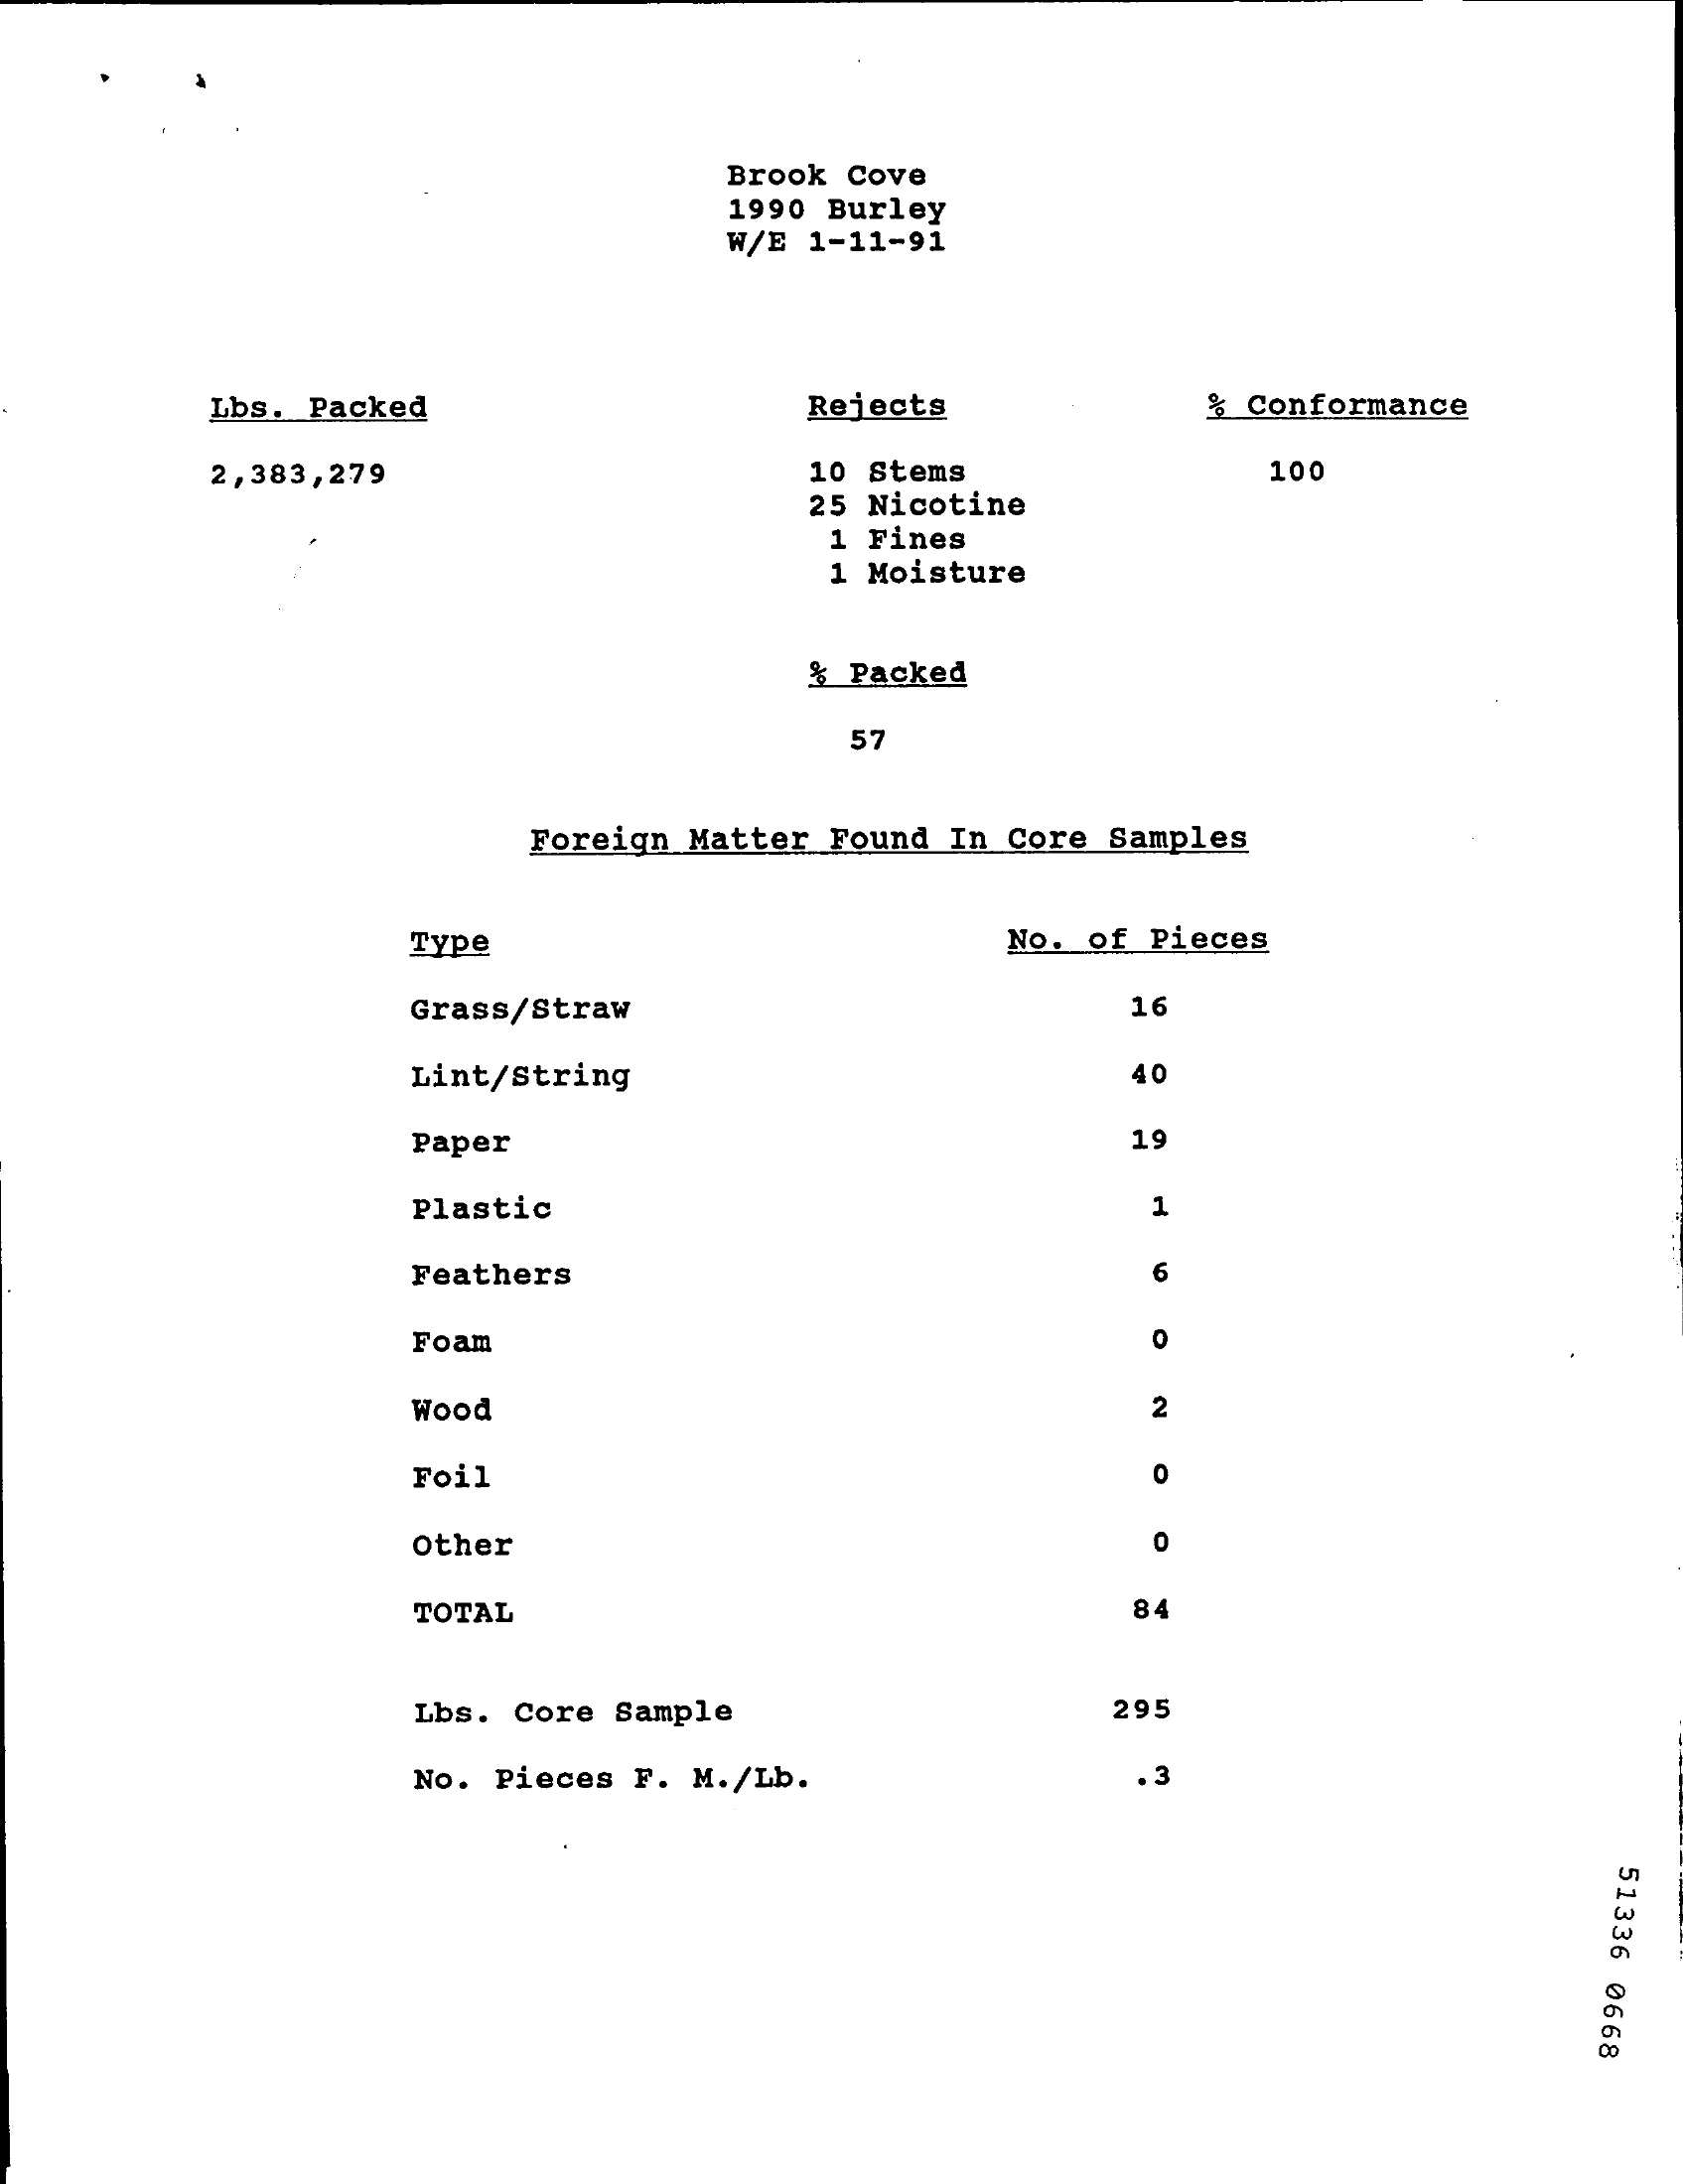
Brook Cove
     1990 Burley
     W/E 1-11-91
     Lbs. Packed    Rejects    % Conformance
     2,383,279    10 Stems    100
     25 Nicotine
     1 Fines
     1 Moisture
     % Packed
     57
     Foreign Matter Found In Core Samples
     Type    No. of Pieces
     Grass/Straw    16
     Lint/String    40
     Paper    19
     Plastic    1
     Feathers    6
     Foam    0
     Wood    2
     Foil
     other    0
     TOTAL    84
     Lbs. Core Sample    295
     No. Pieces F. M./Lb.    .3
     51336
     0668